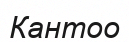
Кантоо